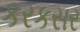
કરકસર